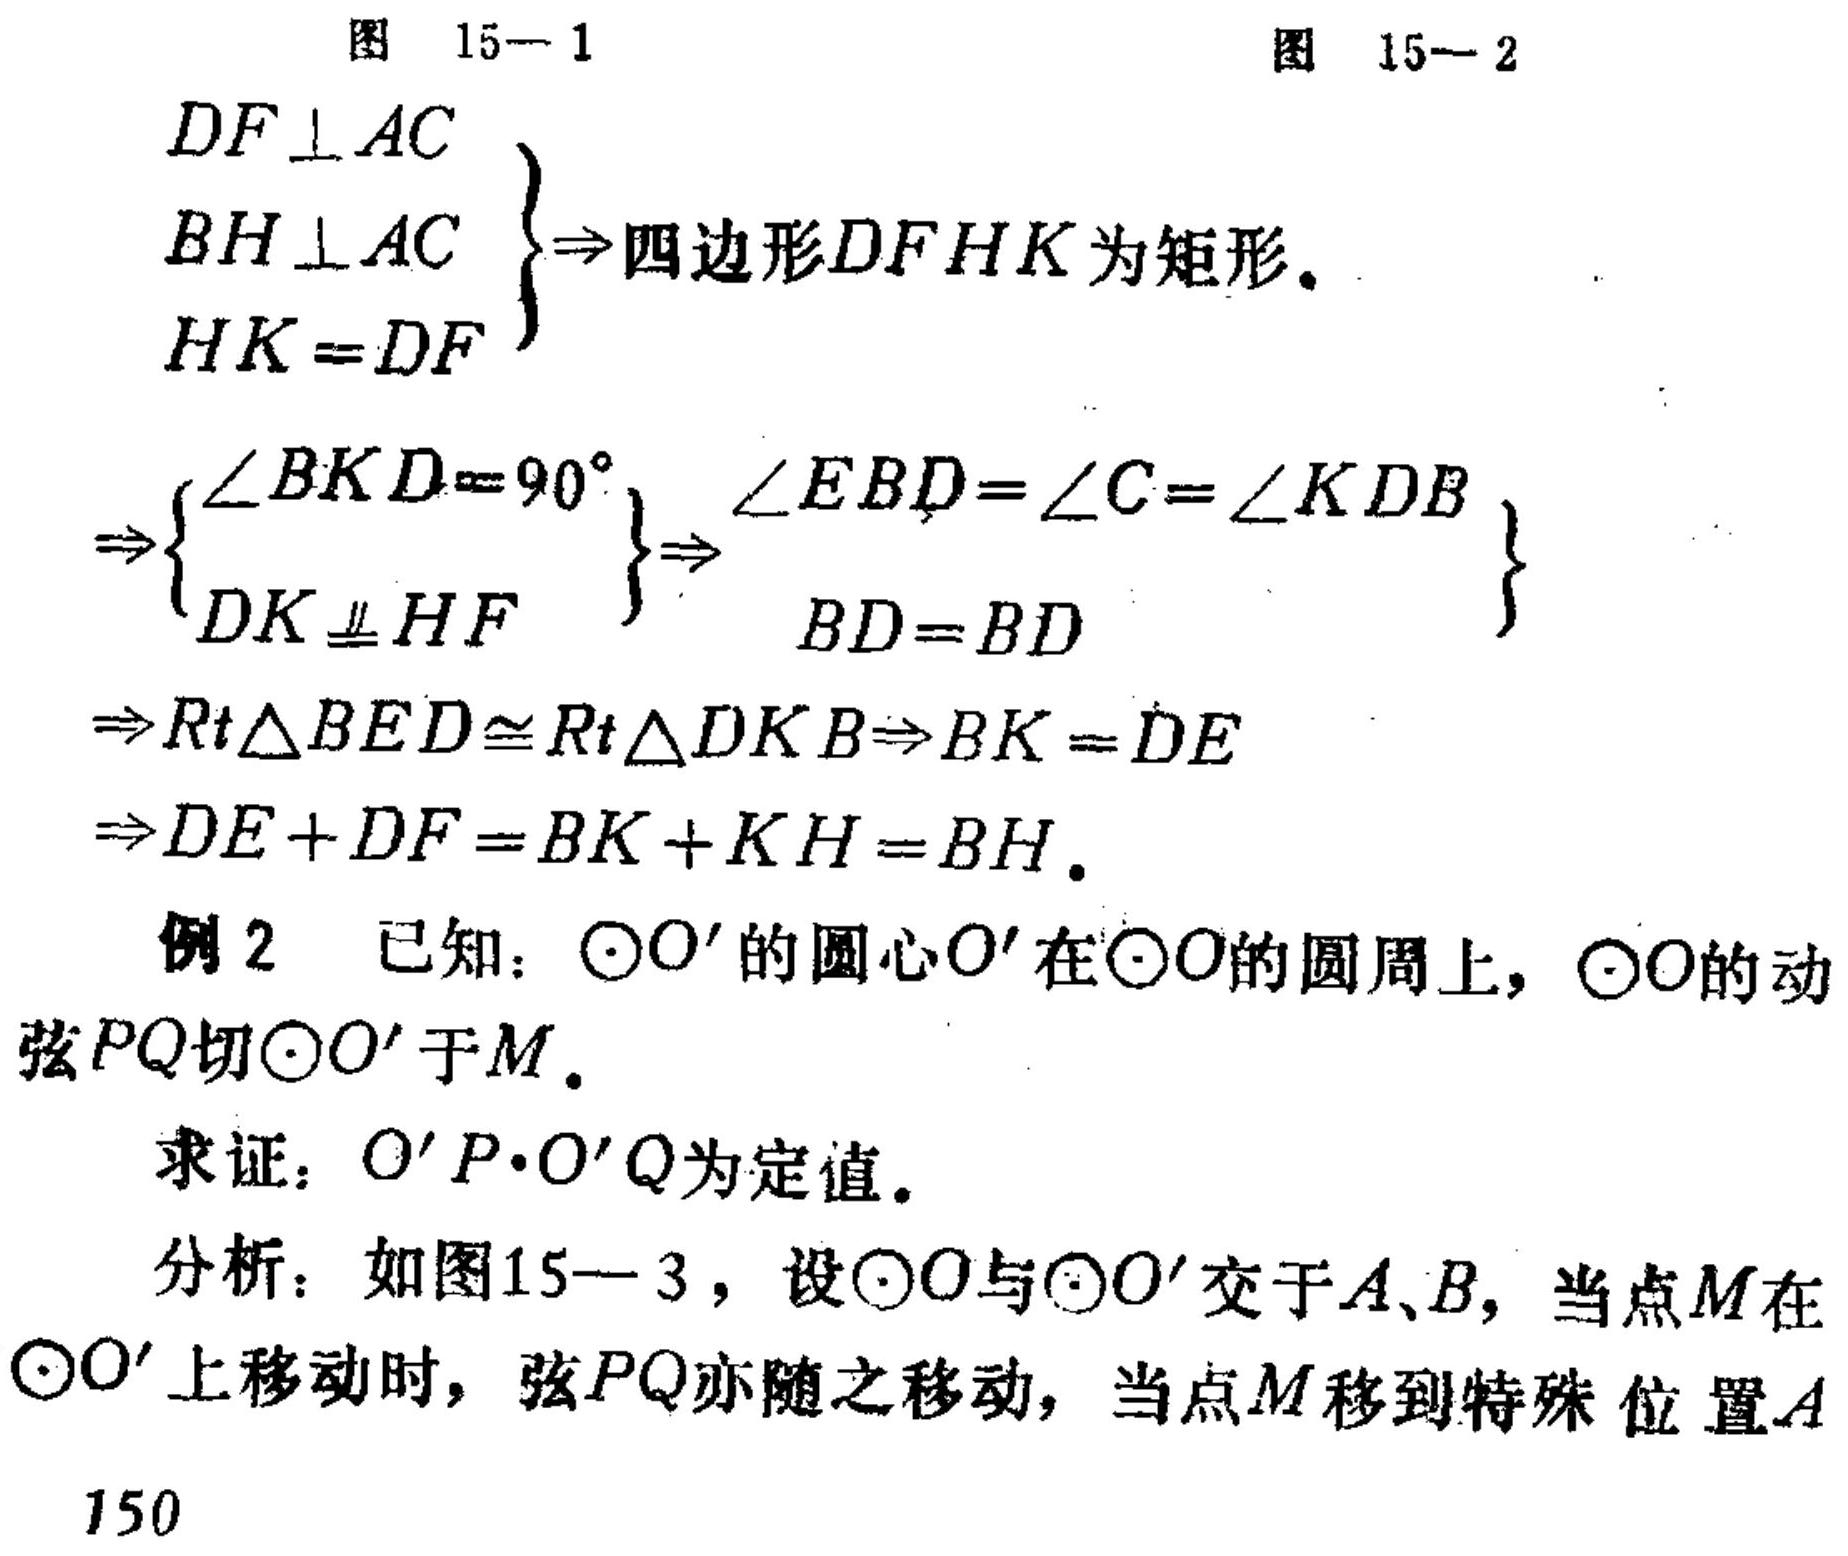
图 15—1  图 15—2
\(\left.\begin{array}{l}
DF\perp AC\\
BH\perp AC\\
HK = DF
\end{array}\right\}\Rightarrow 四边形DFHK为矩形.\)
\(\Rightarrow\left\{\begin{array}{l}
\angle BKD = 90^{\circ}\\
DK\perp HF
\end{array}\right\}\Rightarrow\left\{\begin{array}{l}
\angle EBD=\angle C=\angle KDB\\
BD = BD
\end{array}\right\}\)
\(\Rightarrow Rt\triangle BED\cong Rt\triangle DKB\Rightarrow BK = DE\)
\(\Rightarrow DE + DF=BK + KH = BH.\)
例2 已知：\(\odot O'\)的圆心\(O'\)在\(\odot O\)的圆周上，\(\odot O\)的动
弦\(PQ\)切\(\odot O'\)于\(M\)。
求证：\(O'P\cdot O'Q\)为定值。
分析：如图15—3，设\(\odot O\)与\(\odot O'\)交于\(A、B\)，当点\(M\)在
\(\odot O'\)上移动时，弦\(PQ\)亦随之移动，当点\(M\)移到特殊 位置\(A\)
150